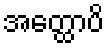
အတ္ထောပိ